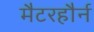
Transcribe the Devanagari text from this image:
मैटरहौर्न